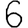
Digit: 6